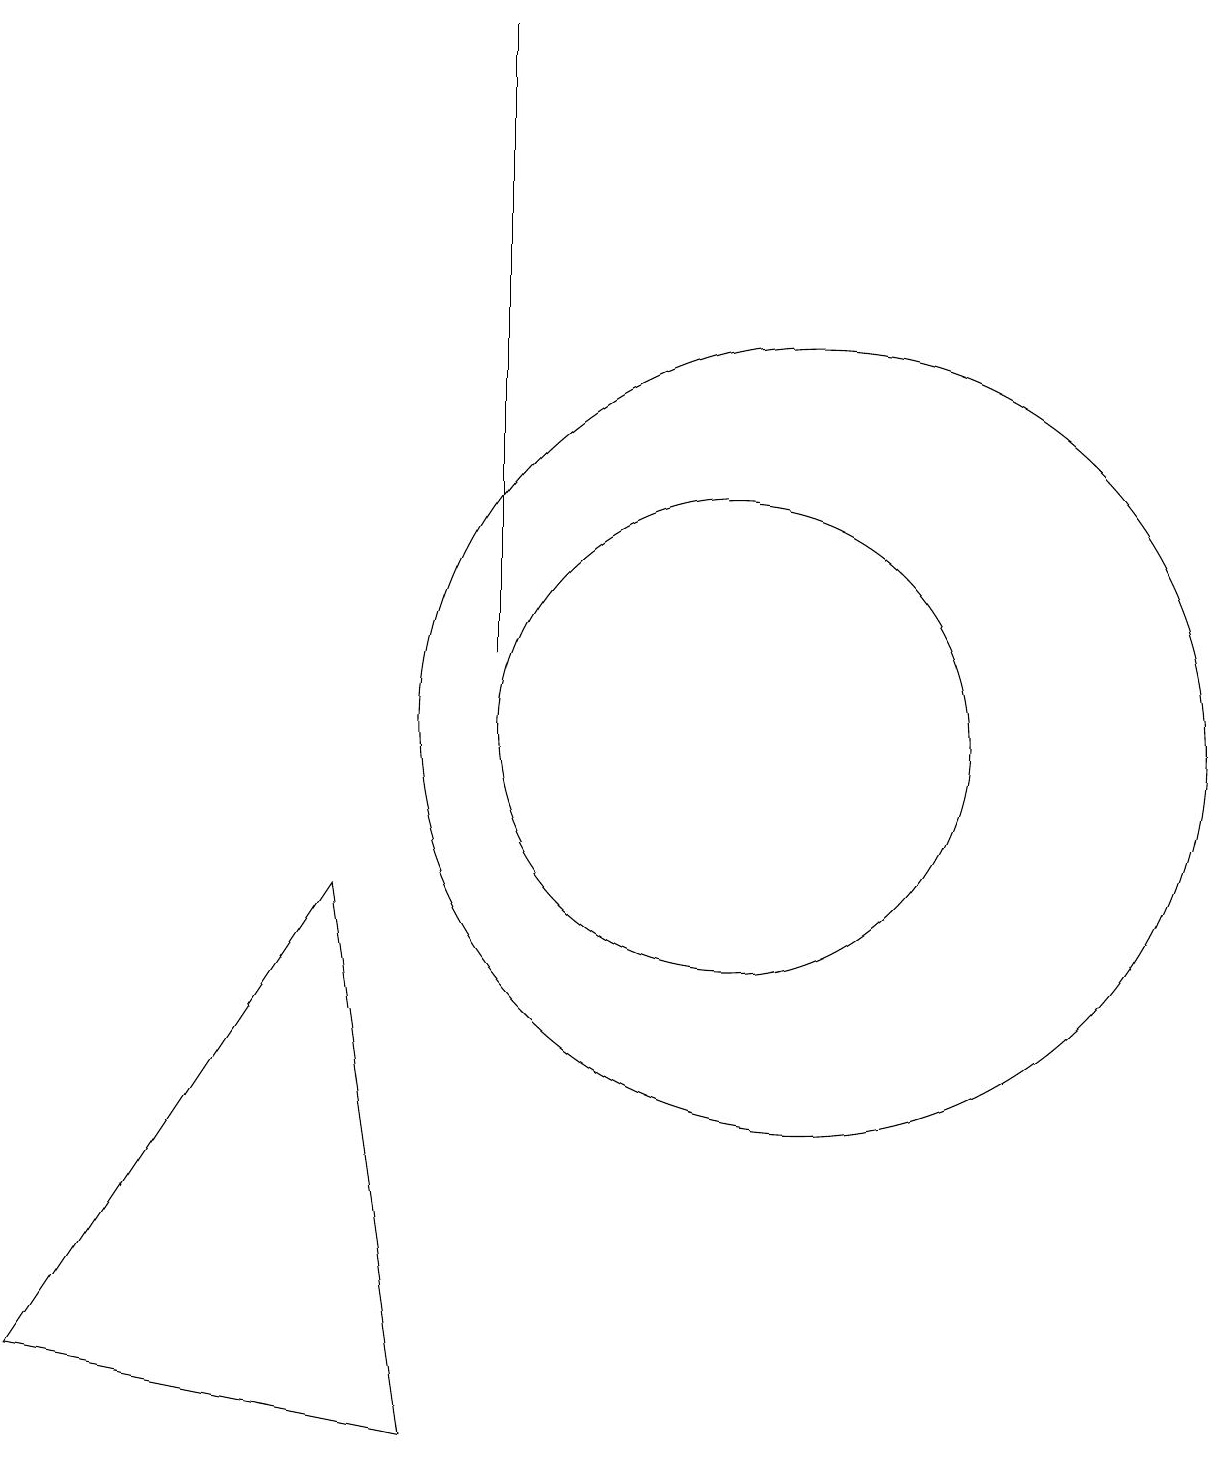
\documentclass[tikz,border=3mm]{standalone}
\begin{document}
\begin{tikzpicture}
\draw (7,11) rectangle (7,19);
\draw (6,1) -- (1,2) -- (5,8) -- cycle;
\draw (10,10) circle (3);
\draw (11,10) circle (5);
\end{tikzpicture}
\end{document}